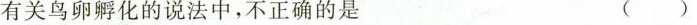
有关鸟卵孵化的说法中，不正确的是 ( )